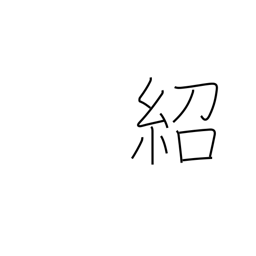
Meaning: introduce